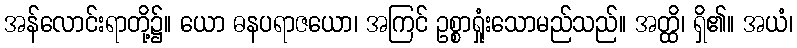
အန်လောင်းရာတို့၌။ ယော ဓနပရာဇယော၊ အကြင် ဥစ္စာရှုံးသောမည်သည်။ အတ္ထိ၊ ရှိ၏။ အယံ၊